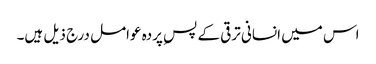
اس میں انسانی ترقی کے پسِ پردہ عوامل درج ذیل ہیں۔